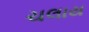
ચલાય